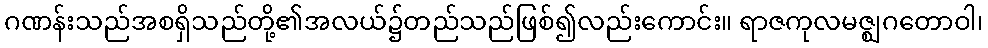
ဂဏန်းသည်အစရှိသည်တို့၏အလယ်၌တည်သည်ဖြစ်၍လည်းကောင်း။ ရာဇကုလမဇ္ဈဂတောဝါ၊